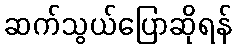
ဆက်သွယ်ပြောဆိုရန်